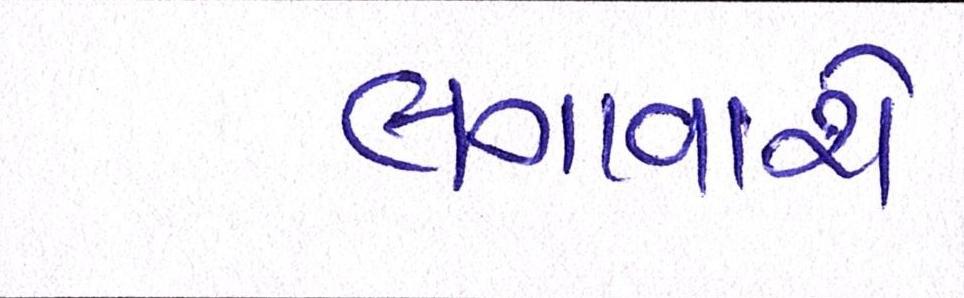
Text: લગાવાશે